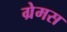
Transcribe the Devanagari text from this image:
ग्रेमस